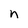
Character: n